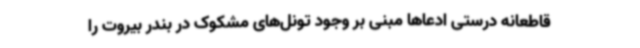
قاطعانه درستی ادعاها مبنی بر وجود تونل‌های مشکوک در بندر بیروت را